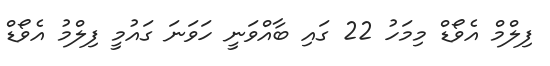
ފިލްމް އެވޯޑް މިމަހު 22 ގައި ބާއްވަނީ ހަވަނަ ގައުމީ ފިލްމު އެވޯޑް